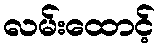
လမ်းထောင့်